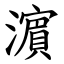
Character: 濵